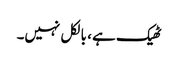
ٹھیک ہے ، بالکل نہیں۔